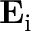
\mathbf { E } _ { \mathrm { i } }